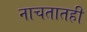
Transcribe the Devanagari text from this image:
नाचतातही